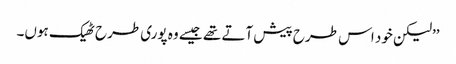
’’لیکن خود اس طرح پیش آتے تھے جیسے وہ پوری طرح ٹھیک ہوں۔